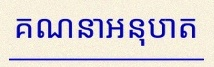
គណនាអនុបាត